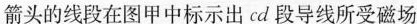
箭头的线段在图甲中标示出cd段导线所受磁场